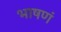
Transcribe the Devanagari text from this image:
भाषणं